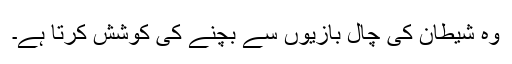
وہ شیطان کی چال بازیوں سے بچنے کی کوشش کرتا ہے۔